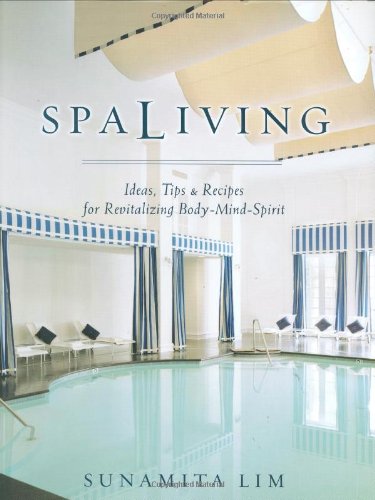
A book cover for Spa Living: Ideas, Tips,& Recipes for Revitalizing Body-Mind-Spirit; Sunamita Lim; Travel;